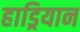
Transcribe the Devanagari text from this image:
हाड्रियान